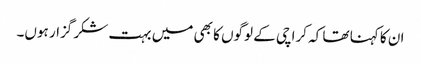
ان کا کہنا تھا کہ کراچی کے لوگوں کا بھی میں بہت شکر گزار ہوں۔